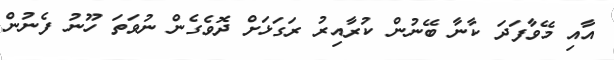
އާއި މޭވާފަދަ ކާނާ ބޭނުން ކުރާއިރު ރަގަޅަށް ދޮވެގެން ނުވަތަ ހޫނު ފެނުން